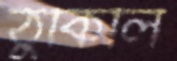
ঠুকিলি